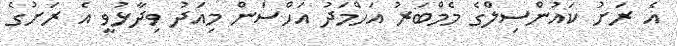
އެ ރަށު ކައުންސިލްގެ މެމްބަރު އަހްމަދު އަހްސަން މިއަދު ވިދާޅުވީ އެ ރަށުގެ